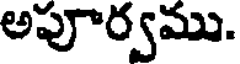
అపూర్వము.